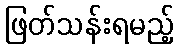
ဖြတ်သန်းရမည့်